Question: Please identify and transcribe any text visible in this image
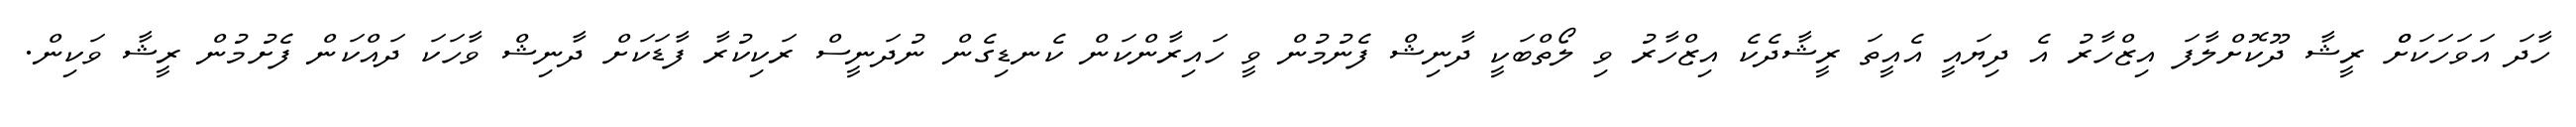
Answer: ހާދަ އަވަހަކަށްް ރީޝާ ދޫކޮށްލާފަ އިޒްހާރު އެ ދިޔައީ އެއީތަ ރީޝާދެކެ އިޒްހާރު ވި ލޯތްބަކީ ދާނިޝް ފެނުމުން ވީ ހައިރާންކަން ކެނޑިގެން ނުދަނީސް ރަކިކުރާ ފާޑަކަށް ދާނިޝް ވާހަކަ ދައްކަން ފެށުމުން ރީޝާ ވަކިން.